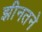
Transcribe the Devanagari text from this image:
झीनतने